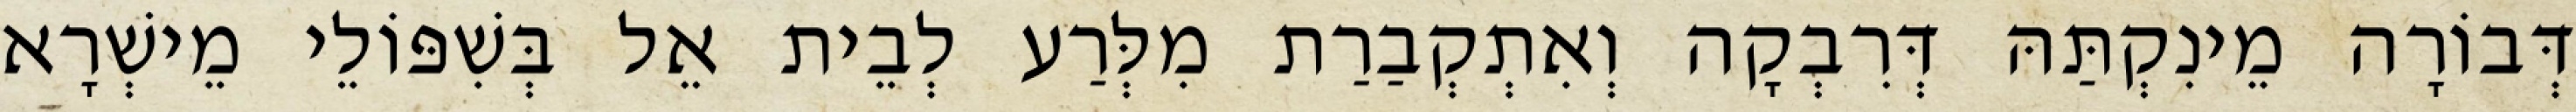
דְּבוֹרָה מֵינִקְתַּהּ דְּרִבְקָה וְאִתְקְבַרַת מִלְּרַע לְבֵית אֵל בְּשִׁפּוֹלֵי מֵישְׁרָא